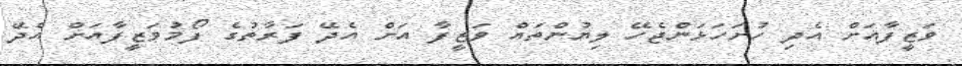
ވަޒީފާއަށް އެދި ހުށަހަޅަންޖެހޭ ލިޔުންތައް ވަޒީފާ އަށް އެދޭ ފަރާތުގެ ފޯމުވަޒީފާއަށް އެދޭ